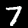
Label: 7